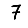
Digit: 7